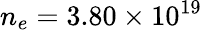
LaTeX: n_{e}=3.80\times 10^{19}